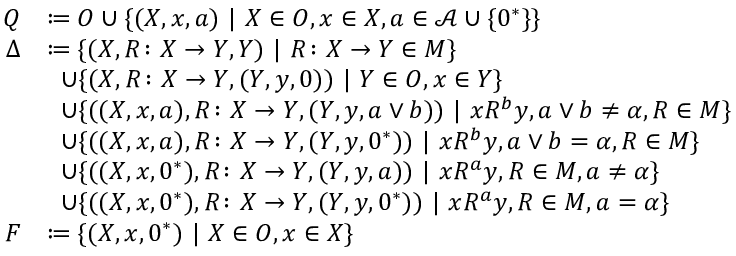
\begin{array} { r l } { Q } & { \coloneq O \cup \{ ( X , x , a ) ~ | ~ X \in O , x \in X , a \in \mathcal { A } \cup \{ 0 ^ { * } \} \} } \\ { \Delta } & { \coloneq \{ ( X , R \colon X \to Y , Y ) ~ | ~ R \colon X \to Y \in M \} } \\ & { \; \; \cup \{ ( X , R \colon X \to Y , ( Y , y , 0 ) ) ~ | ~ Y \in O , x \in Y \} } \\ & { \; \; \cup \{ ( ( X , x , a ) , R \colon X \to Y , ( Y , y , a \vee b ) ) ~ | ~ x R ^ { b } y , a \vee b \neq \alpha , R \in M \} } \\ & { \; \; \cup \{ ( ( X , x , a ) , R \colon X \to Y , ( Y , y , 0 ^ { * } ) ) ~ | ~ x R ^ { b } y , a \vee b = \alpha , R \in M \} } \\ & { \; \; \cup \{ ( ( X , x , 0 ^ { * } ) , R \colon X \to Y , ( Y , y , a ) ) ~ | ~ x R ^ { a } y , R \in M , a \neq \alpha \} } \\ & { \; \; \cup \{ ( ( X , x , 0 ^ { * } ) , R \colon X \to Y , ( Y , y , 0 ^ { * } ) ) ~ | ~ x R ^ { a } y , R \in M , a = \alpha \} } \\ { F } & { \coloneq \{ ( X , x , 0 ^ { * } ) ~ | ~ X \in O , x \in X \} } \end{array}